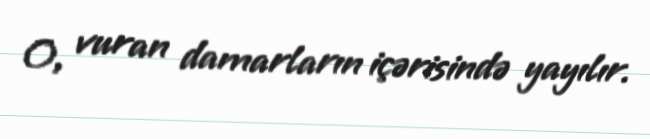
O, vuran damarların içərisində yayılır.